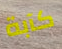
كآبة